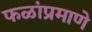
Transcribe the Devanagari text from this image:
फळांप्रमाणे